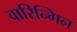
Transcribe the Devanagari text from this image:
वारिन्गिन